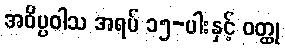
အဝိပ္ပဝါသ အရပ် ၁၅-ပါးနှင့် ဝတ္ထု